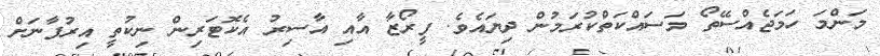
މަންމަ ހަމަޖެއްސޭތޯ މަސައްކަތްކުރަމުން ދިޔައެވެ. ފީރޯޒާ އާއި އާސިރު އެކޮޓަރިން ނިކުތީ އިރުފާނަށް